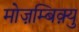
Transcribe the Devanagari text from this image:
मोज़म्बिक़्यु